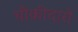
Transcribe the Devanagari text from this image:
चौकीदारो